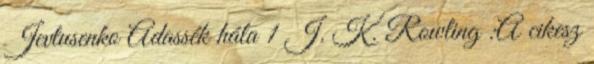
Jevtusenko Adassék hála 1 J. K. Rowling :A cikesz